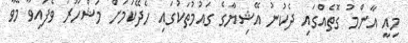
މިއީ އާންމު ގޮތެއްގައި ދެކުނު އޭޝިޔާގެ ގައުމުތަކުގައި ހެދޭކަމަށް މަޝްހޫރު ވެފައިވާ މޭވާ